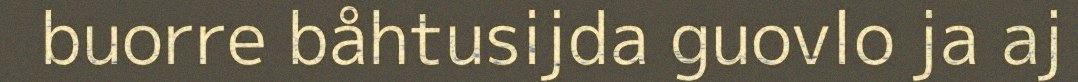
buorre båhtusijda guovlo ja aj